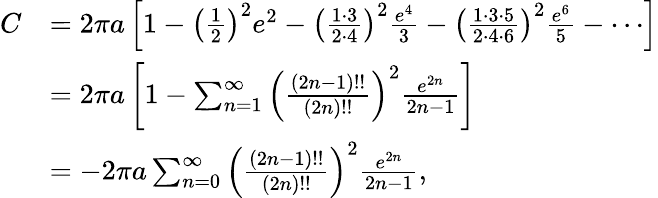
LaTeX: {\begin{array}{rl}{C}&{=2\pi a\left[{1-\left({\frac{1}{2}}\right)^{2}e^{2}-\left({\frac{1\cdot 3}{2\cdot 4}}\right)^{2}{\frac{e^{4}}{3}}-\left({\frac{1\cdot 3\cdot 5}{2\cdot 4\cdot 6}}\right)^{2}{\frac{e^{6}}{5}}-\cdots}\right]}\\ &{=2\pi a\left[1-\sum_{n=1}^{\infty}\left({\frac{(2n-1)!!}{(2n)!!}}\right)^{2}{\frac{e^{2n}}{2n-1}}\right]}\\ &{=-2\pi a\sum_{n=0}^{\infty}\left({\frac{(2n-1)!!}{(2n)!!}}\right)^{2}{\frac{e^{2n}}{2n-1}},}\end{array}}